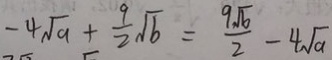
- 4 \sqrt { a } + \frac { 9 } { 2 } \sqrt { b } = \frac { 9 \sqrt { b } } { 2 } - 4 \sqrt { a }